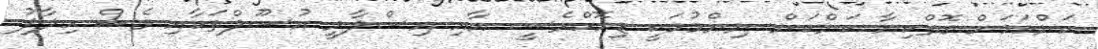
ކަންކަމަށް ގޮތްކިޔާ ކަންކަން ނިންމުމަކީ ޑިމޮކްރެސީ އާއި އިސްލާމީ އުސޫލްތަކާއި ވެސް ހިލާފު